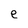
Character: e